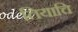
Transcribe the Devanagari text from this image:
तियाचि